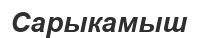
Сарыкамыш